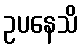
ဥပနေသိ